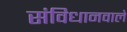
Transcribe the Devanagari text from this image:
संविधानवाले